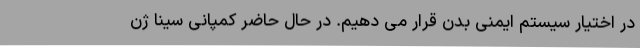
در اختیار سیستم ایمنی بدن قرار می دهیم. در حال حاضر کمپانی سینا ژن